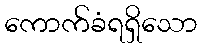
ကောက်ခံရရှိသော